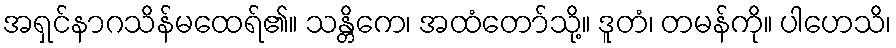
အရှင်နာဂသိန်မထေရ်၏။ သန္တိကေ၊ အထံတော်သို့။ ဒူတံ၊ တမန်ကို။ ပါဟေသိ၊